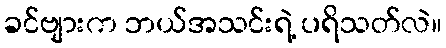
ခင်ဗျားက ဘယ်အသင်းရဲ့ ပရိသတ်လဲ။